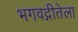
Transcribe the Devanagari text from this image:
भगवद्गीतेला